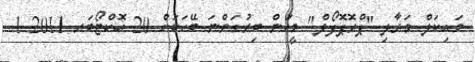
މައިކަލް މަރާލި "ޕްރޮޕޮފޯލް" މީހުން ބިރުގަންނަ ބޭހަކަށް 20 އޮކްޓޯބަރ 2011 1